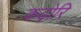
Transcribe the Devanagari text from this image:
कढ़ोरि